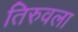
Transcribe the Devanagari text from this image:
तिरुवला